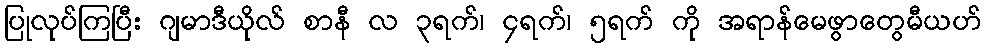
ပြုလုပ်ကြပြီး ဂျမာဒီယိုလ် စာနီ လ ၃ရက်၊ ၄ရက်၊ ၅ရက် ကို အရာန်မေဖွာတွေမီယဟ်